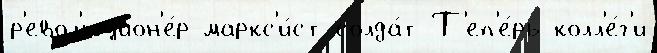
р'евол'юцион'е́р-маркс'и́ст солда́т Т'еп'е́рь колл'е́г'и